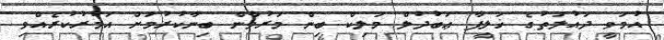
އުމަވީ ދައުލަތުގެ ޚަލީފާ ޢަބުދުލް މަލިކް ބިން މަރުވާން ބިނާކުރުމަށް އަމުރުކުރެއްވި